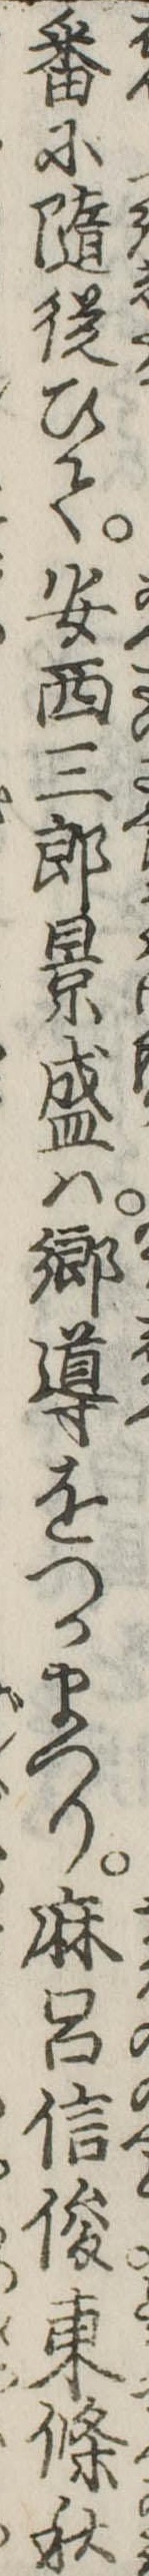
番に随従ひて安西三郎景盛は郷導をつかまつり麻呂信俊東条秋